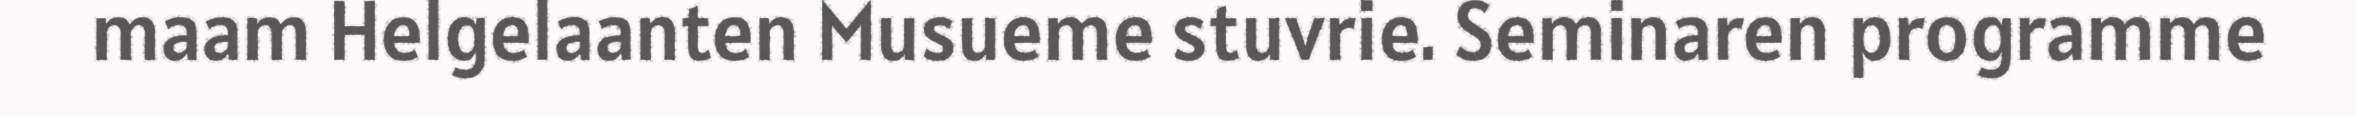
maam Helgelaanten Musueme stuvrie. Seminaren programme